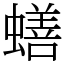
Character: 蟮